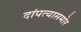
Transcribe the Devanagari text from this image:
दांपत्यासमोर